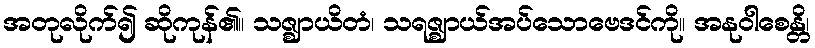
အတုလိုက်၍ ဆိုကုန်၏။ သဇ္ဈာယိတံ၊ သရဇ္ဈာယ်အပ်သောဗေဒင်ကို။ အနုဝါစေန္တိ၊